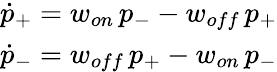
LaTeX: \begin{array}{r}{\dot{p}_{+}=w_{on}\, p_{-}-w_{off}\, p_{+}}\\ {\dot{p}_{-}=w_{off}\, p_{+}-w_{on}\, p_{-}}\end{array}